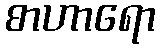
စာဟာရော